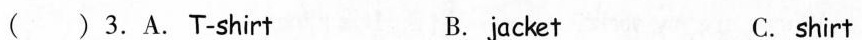
( ) 3.A. T-shirt B. jacket C. shirt